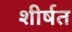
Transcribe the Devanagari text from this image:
शीर्षत